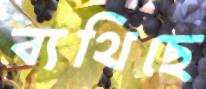
ব্যথিছে